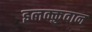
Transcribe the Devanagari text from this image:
इलक्कुवान